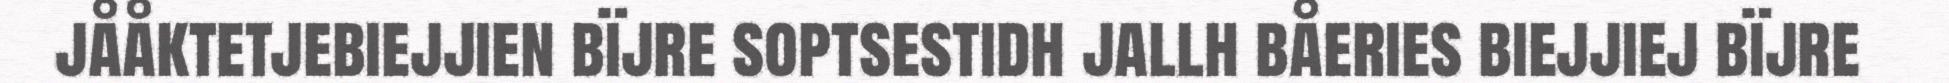
jååktetjebiejjien bïjre soptsestidh jallh båeries biejjiej bïjre